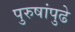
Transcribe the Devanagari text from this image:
पुरुषांपुढे